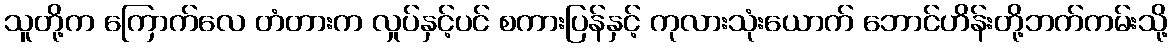
သူတို့က ကြောက်လေ တံတားက လှုပ်နှင့်ပင် စကားပြန်နှင့် ကုလားသုံးယောက် ဘောင်ဟိန်းတို့ဘက်ကမ်းသို့